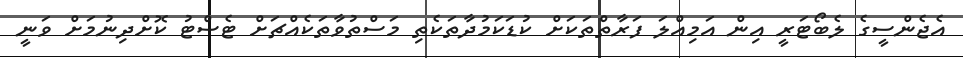
އެޖެންސީގެ ލެބޯޓަރީ އިން އަމިއްލަ ފަރާތްތަކަށް ކުޑަކަމުދާތަކެތި މަސްތުވާތަކެއްޗަށް ޓެސްޓު ކޮށްދިނުމަށް ވަނީ